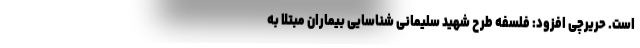
است. حریرچی افزود: فلسفه طرح شهید سلیمانی شناسایی بیماران مبتلا به